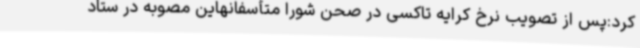
کرد:پس از تصویب نرخ کرایه تاکسی در صحن شورا متأسفانهاین مصوبه در ستاد